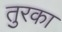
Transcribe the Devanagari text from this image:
तुरका